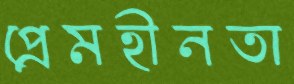
প্রেমহীনতা